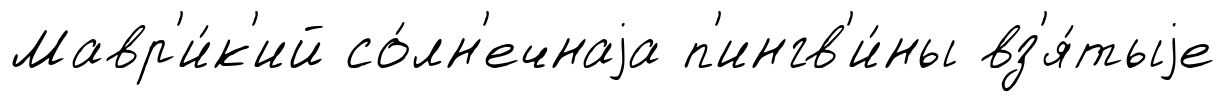
Мавр'и́к'ий со́лн'ечнаjа п'ингв'и́ны вз'я́тыjе